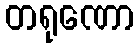
တရုဏော